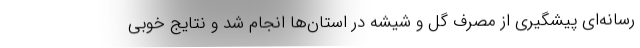
رسانه‌ای پیشگیری از مصرف گل و شیشه در استان‌ها انجام شد و نتایج خوبی